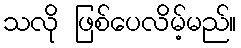
သလို ဖြစ်ပေလိမ့်မည်။